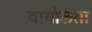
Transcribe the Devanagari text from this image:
वायोलेता